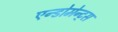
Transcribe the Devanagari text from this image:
एन्डोमेन्ट्‌स